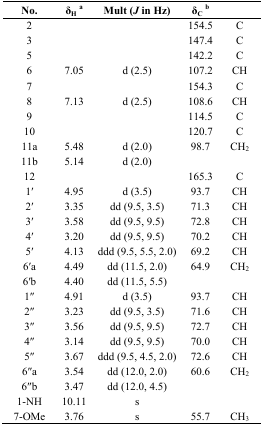
<table><thead><tr><td><b>No.</b></td><td><b>δ<sub>H</sub><sup>a</sup></b></td><td><b>Mult (<i>J</i> in Hz)</b></td><td><b>δ<sub>C</sub><sup>b</sup></b></td><td></td></tr></thead><tbody><tr><td>2</td><td></td><td></td><td>154.5</td><td>C</td></tr><tr><td>3</td><td></td><td></td><td>147.4</td><td>C</td></tr><tr><td>5</td><td></td><td></td><td>142.2</td><td>C</td></tr><tr><td>6</td><td>7.05</td><td>d (2.5)</td><td>107.2</td><td>CH</td></tr><tr><td>7</td><td></td><td></td><td>154.3</td><td>C</td></tr><tr><td>8</td><td>7.13</td><td>d (2.5)</td><td>108.6</td><td>CH</td></tr><tr><td>9</td><td></td><td></td><td>114.5</td><td>C</td></tr><tr><td>10</td><td></td><td></td><td>120.7</td><td>C</td></tr><tr><td>11a11b</td><td>5.485.14</td><td>d (2.0)d (2.0)</td><td>98.7</td><td>CH<sub>2</sub></td></tr><tr><td>12</td><td></td><td></td><td>165.3</td><td>C</td></tr><tr><td>1′</td><td>4.95</td><td>d (3.5)</td><td>93.7</td><td>CH</td></tr><tr><td>2′</td><td>3.35</td><td>dd (9.5, 3.5)</td><td>71.3</td><td>CH</td></tr><tr><td>3′</td><td>3.58</td><td>dd (9.5, 9.5)</td><td>72.8</td><td>CH</td></tr><tr><td>4′</td><td>3.20</td><td>dd (9.5, 9.5)</td><td>70.2</td><td>CH</td></tr><tr><td>5′</td><td>4.13</td><td>ddd (9.5, 5.5, 2.0)</td><td>69.2</td><td>CH</td></tr><tr><td>6′a6′b</td><td>4.494.40</td><td>dd (11.5, 2.0)dd (11.5, 5.5)</td><td>64.9</td><td>CH<sub>2</sub></td></tr><tr><td>1′′</td><td>4.91</td><td>d (3.5)</td><td>93.7</td><td>CH</td></tr><tr><td>2′′</td><td>3.23</td><td>dd (9.5, 3.5)</td><td>71.6</td><td>CH</td></tr><tr><td>3′′</td><td>3.56</td><td>dd (9.5, 9.5)</td><td>72.7</td><td>CH</td></tr><tr><td>4′′</td><td>3.14</td><td>dd (9.5, 9.5)</td><td>70.0</td><td>CH</td></tr><tr><td>5′′</td><td>3.67</td><td>ddd (9.5, 4.5, 2.0)</td><td>72.6</td><td>CH</td></tr><tr><td>6′′a6′′b</td><td>3.543.47</td><td>dd (12.0, 2.0)dd (12.0, 4.5)</td><td>60.6</td><td>CH<sub>2</sub></td></tr><tr><td>1-NH</td><td>10.11</td><td>s</td><td></td><td></td></tr><tr><td>7-OMe</td><td>3.76</td><td>s </td><td>55.7</td><td>CH<sub>3</sub></td></tr></tbody></table>